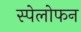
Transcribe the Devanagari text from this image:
स्पेलोफन